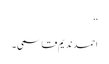
‘‘
احمد ندیم قاسمی ۔